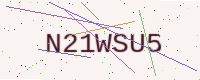
Text: N21WSU5